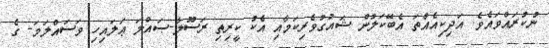
ނުކުރައްވައެވެ. އަދިކިއެއްތަ އެބޭކަލުން ޝައުގުވެރިކަމާއި އެކު ކީރިތި ރަސޫލާ-ޞައްލަ ޢަލައިހި ވަސައްލަމަ- ގެ